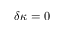
\delta \kappa = 0